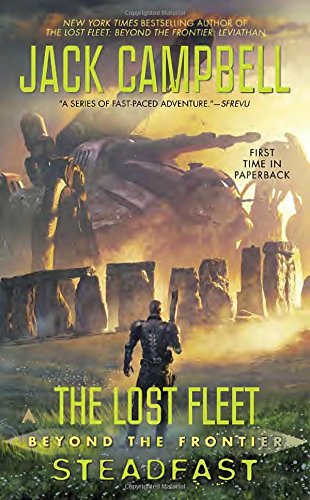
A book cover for The Lost Fleet: Beyond the Frontier: Steadfast; Jack Campbell; Science Fiction & Fantasy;